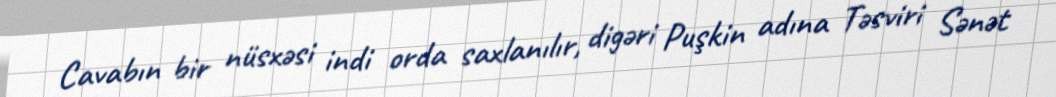
Cavabın bir nüsxəsi indi orda saxlanılır, digəri Puşkin adına Təsviri Sənət